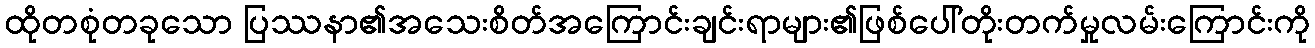
ထိုတစုံတခုသော ပြဿနာ၏အသေးစိတ်အကြောင်းချင်းရာများ၏ဖြစ်ပေါ်တိုးတက်မှုလမ်းကြောင်းကို